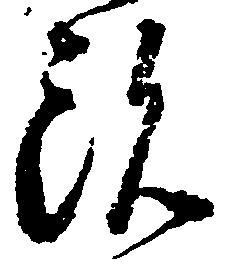
治